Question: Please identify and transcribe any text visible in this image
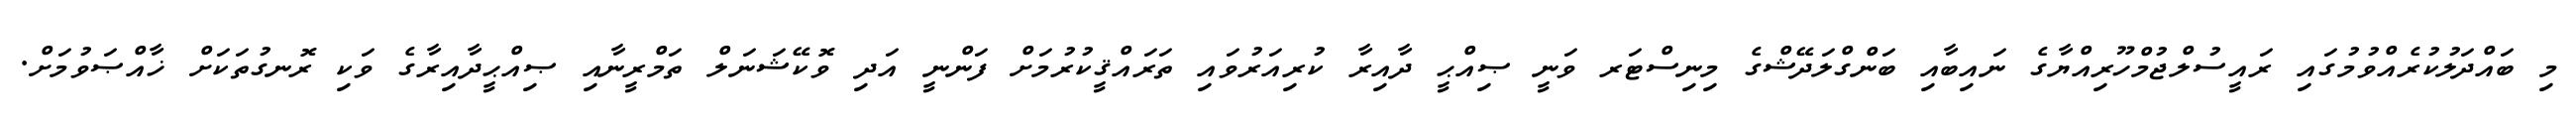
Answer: މި ބައްދަލުކުރެއްވުމުގައި ރައީސުލްޖުމްހޫރިއްޔާގެ ނައިބާއި ބަންގްލަދޭޝްގެ މިނިސްޓަރ ވަނީ ޞިއްޙީ ދާއިރާ ކުރިއަރުވައި ތަރައްޤީކުރުމަށް ފަންނީ އަދި ވޮކޭޝަނަލް ތަމްރީނާއި ޞިއްޙީދާއިރާގެ ވަކި ރޮނގުތަކަށް ޚާއްޞަވުމަށް.